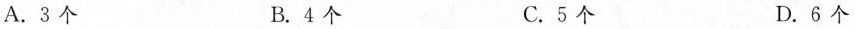
A.3个 B.4个 C.5个 D.6个